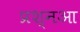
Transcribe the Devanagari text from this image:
प्रश्नआ